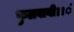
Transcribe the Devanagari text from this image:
फुलवायी।।ं